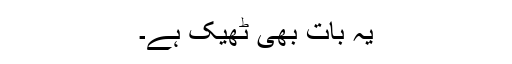
یہ بات بھی ٹھیک ہے۔